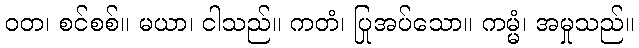
ဝတ၊ စင်စစ်။ မယာ၊ ငါသည်။ ကတံ၊ ပြုအပ်သော။ ကမ္မံ၊ အမှုသည်။